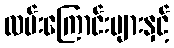
လမ်းကြောင်းများနှင့်